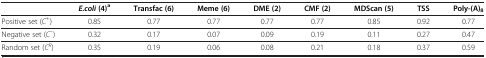
<table><thead><tr><td><b> </b></td><td><b><i>E.coli </i>(4)<sup>a</sup></b></td><td><b>Transfac (6)</b></td><td><b>Meme (6)</b></td><td><b>DME (2)</b></td><td><b>CMF (2)</b></td><td><b>MDScan (5)</b></td><td><b>TSS</b></td><td><b>Poly-(A)<sub>8</sub></b></td></tr></thead><tbody><tr><td>Positive set (<i>C</i><sup>+</sup>)</td><td>0.85</td><td>0.77</td><td>0.77</td><td>0.77</td><td>0.77</td><td>0.85</td><td>0.92</td><td>0.77</td></tr><tr><td>Negative set (<i>C</i><sup>–</sup>)</td><td>0.32</td><td>0.17</td><td>0.07</td><td>0.09</td><td>0.19</td><td>0.11</td><td>0.27</td><td>0.47</td></tr><tr><td>Random set (<i>C</i><sup><i>R</i></sup>)</td><td>0.35</td><td>0.19</td><td>0.06</td><td>0.08</td><td>0.21</td><td>0.18</td><td>0.37</td><td>0.59</td></tr></tbody></table>